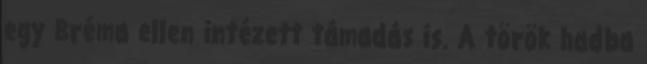
egy Bréma ellen intézett támadás is. A török hadba